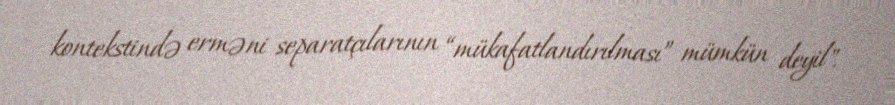
kontekstində erməni separatçılarının “mükafatlandırılması” mümkün deyil".